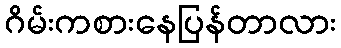
ဂိမ်းကစားနေပြန်တာလား